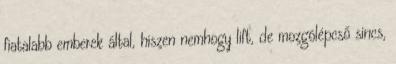
fiatalabb emberek által, hiszen nemhogy lift, de mozgólépcső sincs,